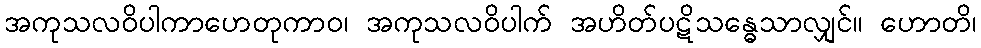
အကုသလဝိပါကာဟေတုကာဝ၊ အကုသလဝိပါက် အဟိတ်ပဋိသန္ဓေသာလျှင်။ ဟောတိ၊